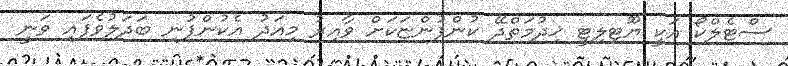
ސްޓެލްކޯ އަކީ ޔޫޓިލިޓީ ޚިދުމަތްދޭ ކުންފުންޏަކަށް ވާއިރު މިއަދު އެކުންފުނި ބަދަލުވެފައި ވަނީ